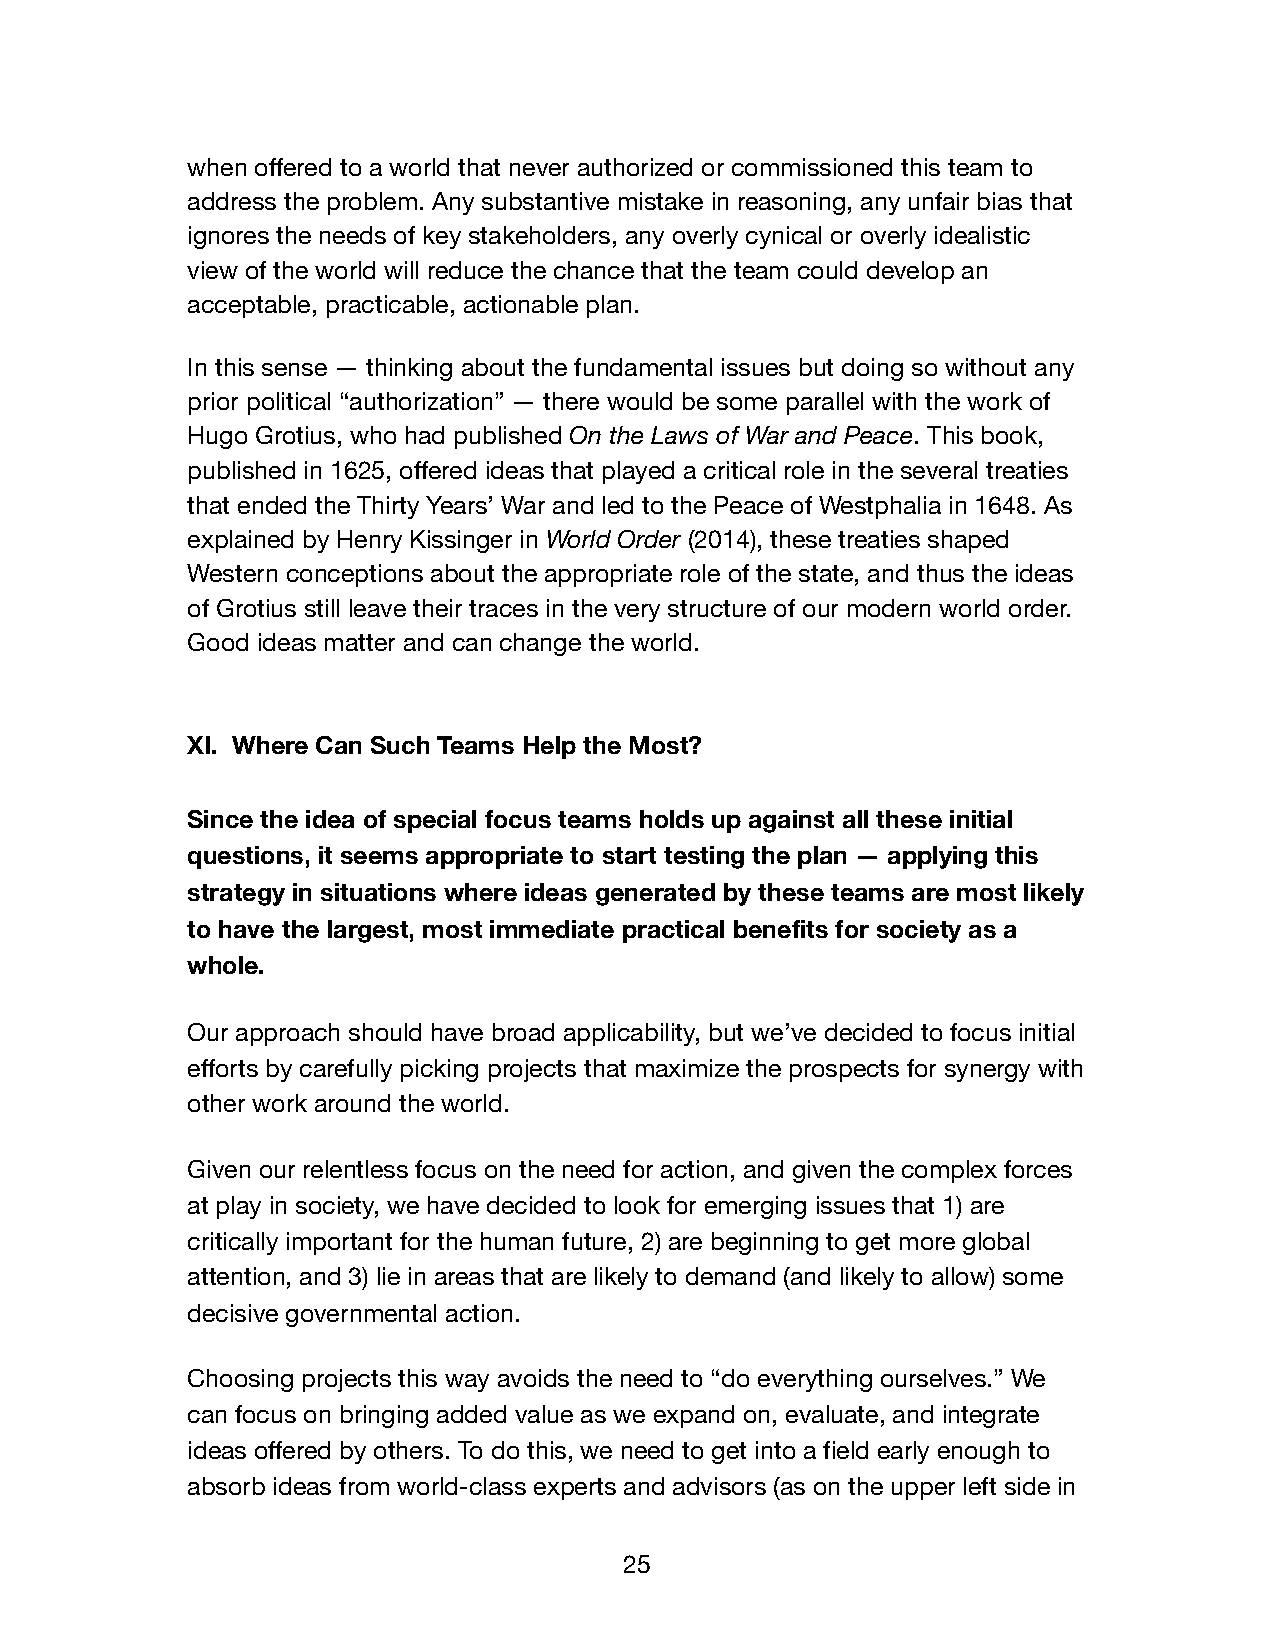
when offered to a world that never authorized or commissioned this team to
 address the problem. Any substantive mistake in reasoning, any unfair bias that
 ignores the needs of key stakeholders, any overly cynical or overly idealistic
 view of the world will reduce the chance that the team could develop an
 acceptable, practicable, actionable plan.
 In this sense — thinking about the fundamental issues but doing so without any
 prior political “authorization” — there would be some parallel with the work of
 Hugo Grotius, who had published On the Laws of War and Peace. This book,
 published in 1625, offered ideas that played a critical role in the several treaties
 that ended the Thirty Years’ War and led to the Peace of Westphalia in 1648. As
 explained by Henry Kissinger in World Order (2014), these treaties shaped
 Western conceptions about the appropriate role of the state, and thus the ideas
 of Grotius still leave their traces in the very structure of our modern world order.
 Good ideas matter and can change the world.
 XI. Where Can Such Teams Help the Most?
 Since the idea of special focus teams holds up against all these initial
 questions, it seems appropriate to start testing the plan — applying this
 strategy in situations where ideas generated by these teams are most likely
 to have the largest, most immediate practical benefits for society as a
 whole.
 Our approach should have broad applicability, but we’ve decided to focus initial
 efforts by carefully picking projects that maximize the prospects for synergy with
 other work around the world.
 Given our relentless focus on the need for action, and given the complex forces
 at play in society, we have decided to look for emerging issues that 1) are
 critically important for the human future, 2) are beginning to get more global
 attention, and 3) lie in areas that are likely to demand (and likely to allow) some
 decisive governmental action.
 Choosing projects this way avoids the need to “do everything ourselves.” We
 can focus on bringing added value as we expand on, evaluate, and integrate
 ideas offered by others. To do this, we need to get into a field early enough to
 absorb ideas from world-class experts and advisors (as on the upper left side in
 25